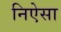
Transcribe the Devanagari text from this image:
निऐसा